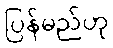
ပြန်မည်ဟု